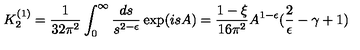
K _ { 2 } ^ { ( 1 ) } = \frac { 1 } { 3 2 \pi ^ { 2 } } \int _ { 0 } ^ { \infty } \frac { d s } { s ^ { 2 - \epsilon } } \exp ( i s A ) = \frac { 1 - \xi } { 1 6 \pi ^ { 2 } } A ^ { 1 - \epsilon } ( \frac { 2 } { \epsilon } - \gamma + 1 )